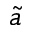
\tilde { a }